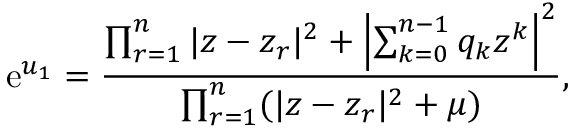
\mathrm { e } ^ { u _ { 1 } } = { \frac { \prod _ { r = 1 } ^ { n } | z - z _ { r } | ^ { 2 } + \left| \sum _ { k = 0 } ^ { n - 1 } q _ { k } z ^ { k } \right| ^ { 2 } } { \prod _ { r = 1 } ^ { n } ( | z - z _ { r } | ^ { 2 } + \mu ) } } ,